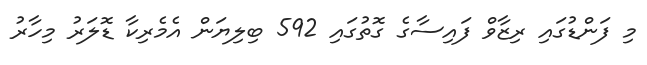
މި ފަންޑުގައި ރިޒާވް ފައިސާގެ ގޮތުގައި 592 ބިލިޔަން އެމެރިކާ ޑޮލަރު މިހާރު